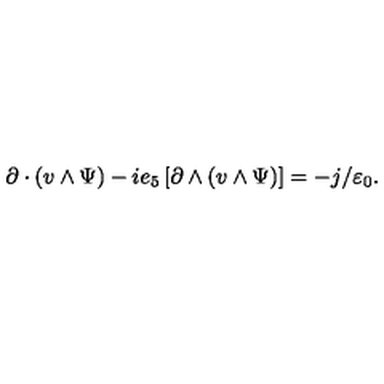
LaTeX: \partial \cdot ( v \wedge \Psi ) - i e _ { 5 } \left[ \partial \wedge ( v \wedge \Psi ) \right] = - j / \varepsilon _ { 0 } .